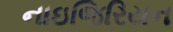
નાઇજિરિયન